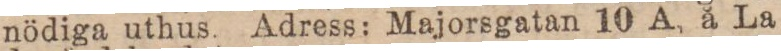
nödiga uthus. Adress: Majorsgatan 10 A, å La